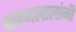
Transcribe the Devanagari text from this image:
मदनलालांनी